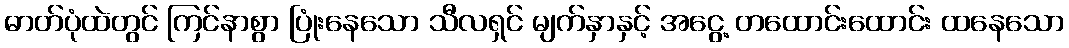
ဓာတ်ပုံထဲတွင် ကြင်နာစွာ ပြုံးနေသော သီလရှင် မျက်နှာနှင့် အငွေ့ တထောင်းထောင်း ထနေသော